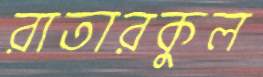
রাতারকুল